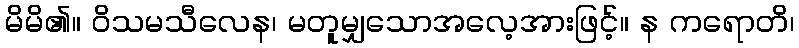
မိမိ၏။ ဝိသမသီလေန၊ မတူမျှသောအလေ့အားဖြင့်။ န ကရောတိ၊